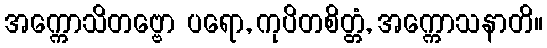
အက္ကောသိတဗ္ဗော ပရော, ကုပိတစိတ္တံ, အက္ကောသနာတိ။